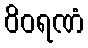
ဝိဝရဏံ